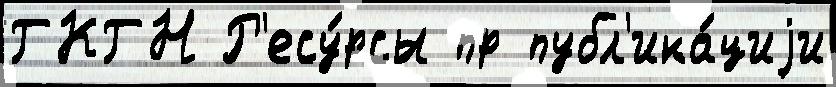
ГКГН Р'есу́рсы пр публ'ика́циjи